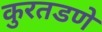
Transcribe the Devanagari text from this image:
कुरतडणे